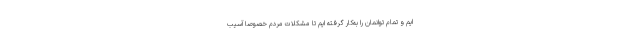
ایم و تمام توانمان را به‌کار گرفته ایم تا مشکلات مردم خصوصا آسیب